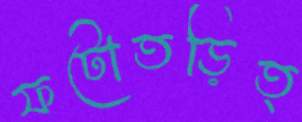
ফটোতড়িত্